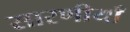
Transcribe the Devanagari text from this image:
सारणीयाँ